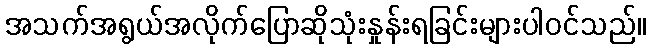
အသက်အရွယ်အလိုက်ပြောဆိုသုံးနှုန်းရခြင်းများပါဝင်သည်။